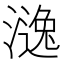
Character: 𣾹